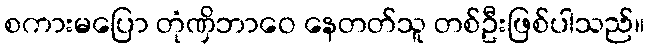
စကားမပြော တုံဏှိဘာဝေ နေတတ်သူ တစ်ဦးဖြစ်ပါသည်။